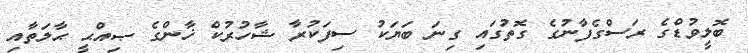
ބޮލީވުޑްގެ ރަސްގެފާނުގެ ގޮތުގައި ގިނަ ބަޔަކު ސިފަކުރާ ޝާހުރުކް ޚާންގެ ޞިއްޙީ ޙާލަތާއި